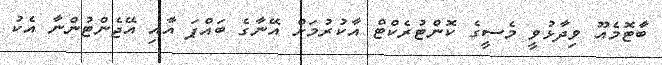
ބާޓޮމެއޫ ވިދާޅުވީ މެސީގެ ކޮންޓުރެކްޓް އާކުރުމަށް އޭނާގެ ބައްޕަ އާއި އޭޖެންޓުންނާ އެކު